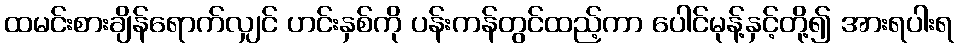
ထမင်းစားချိန်ရောက်လျှင် ဟင်းနှစ်ကို ပန်းကန်တွင်ထည့်ကာ ပေါင်မုန့်နှင့်တို့၍ အားရပါးရ